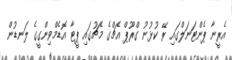
އެރީނާ ޕެންޓަނަލްގައި ރޭ ކުޅުނު ގްރޫޕް އެޗްގެ މެޗުގައި ޕީޓާ އޮޑެމްވިންގީގެ ލަނޑުން